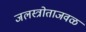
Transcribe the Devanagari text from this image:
जलस्त्रोताजवळ